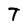
Character: T